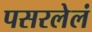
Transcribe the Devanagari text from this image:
पसरलेलं